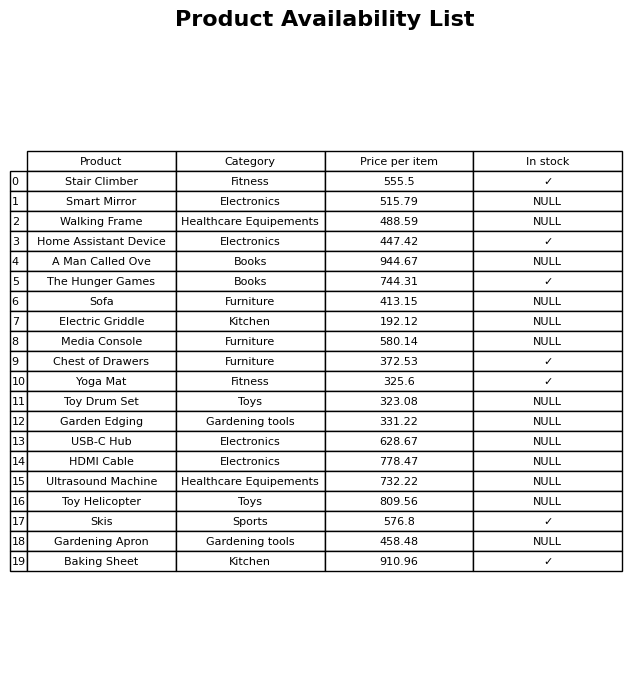
question: What is the price for Gardening Apron?
answer: The price of Gardening Apron is 458.48.